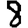
Digit: 8